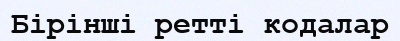
Бірінші ретті кодалар